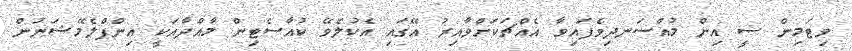
ވިޓަމިން ސީ އިން މުއްސަނދިވެފައިވާ އެއްޗަކަށްވާއިރު އޭގައި އެކުލެވޭ ކުއާސެޓިން މާއްދާއަކީ އިންފްލެމޭޝަނުން